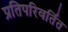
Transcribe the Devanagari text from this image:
प्रतिपरिवर्तित